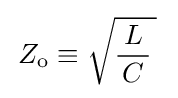
\,Z_{\text{o}}\equiv {\sqrt {{\frac {L}{\,C\,}}\,}}\;